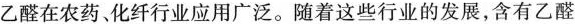
乙醛在农药、化纤行业应用广泛。随着这些行业的发展，含有乙醛